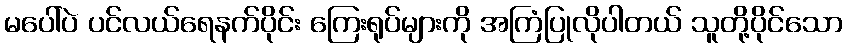
မပေါ်ပဲ ပင်လယ်ရေနက်ပိုင်း ကြေးရုပ်များကို အကြံပြုလိုပါတယ် သူတို့ပိုင်သော